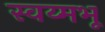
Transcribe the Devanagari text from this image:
स्वय्मभू